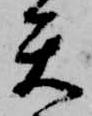
矢